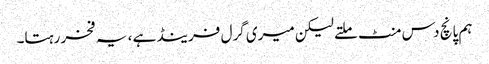
ہم پانچ دس منٹ ملتے لیکن میری گرل فرینڈ ہے ، یہ فخر رہتا۔